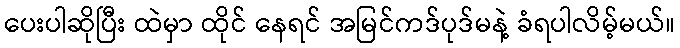
ပေးပါဆိုပြီး ထဲမှာ ထိုင် နေရင် အမြင်ကဒ်ပုဒ်မနဲ့ ခံရပါလိမ့်မယ်။